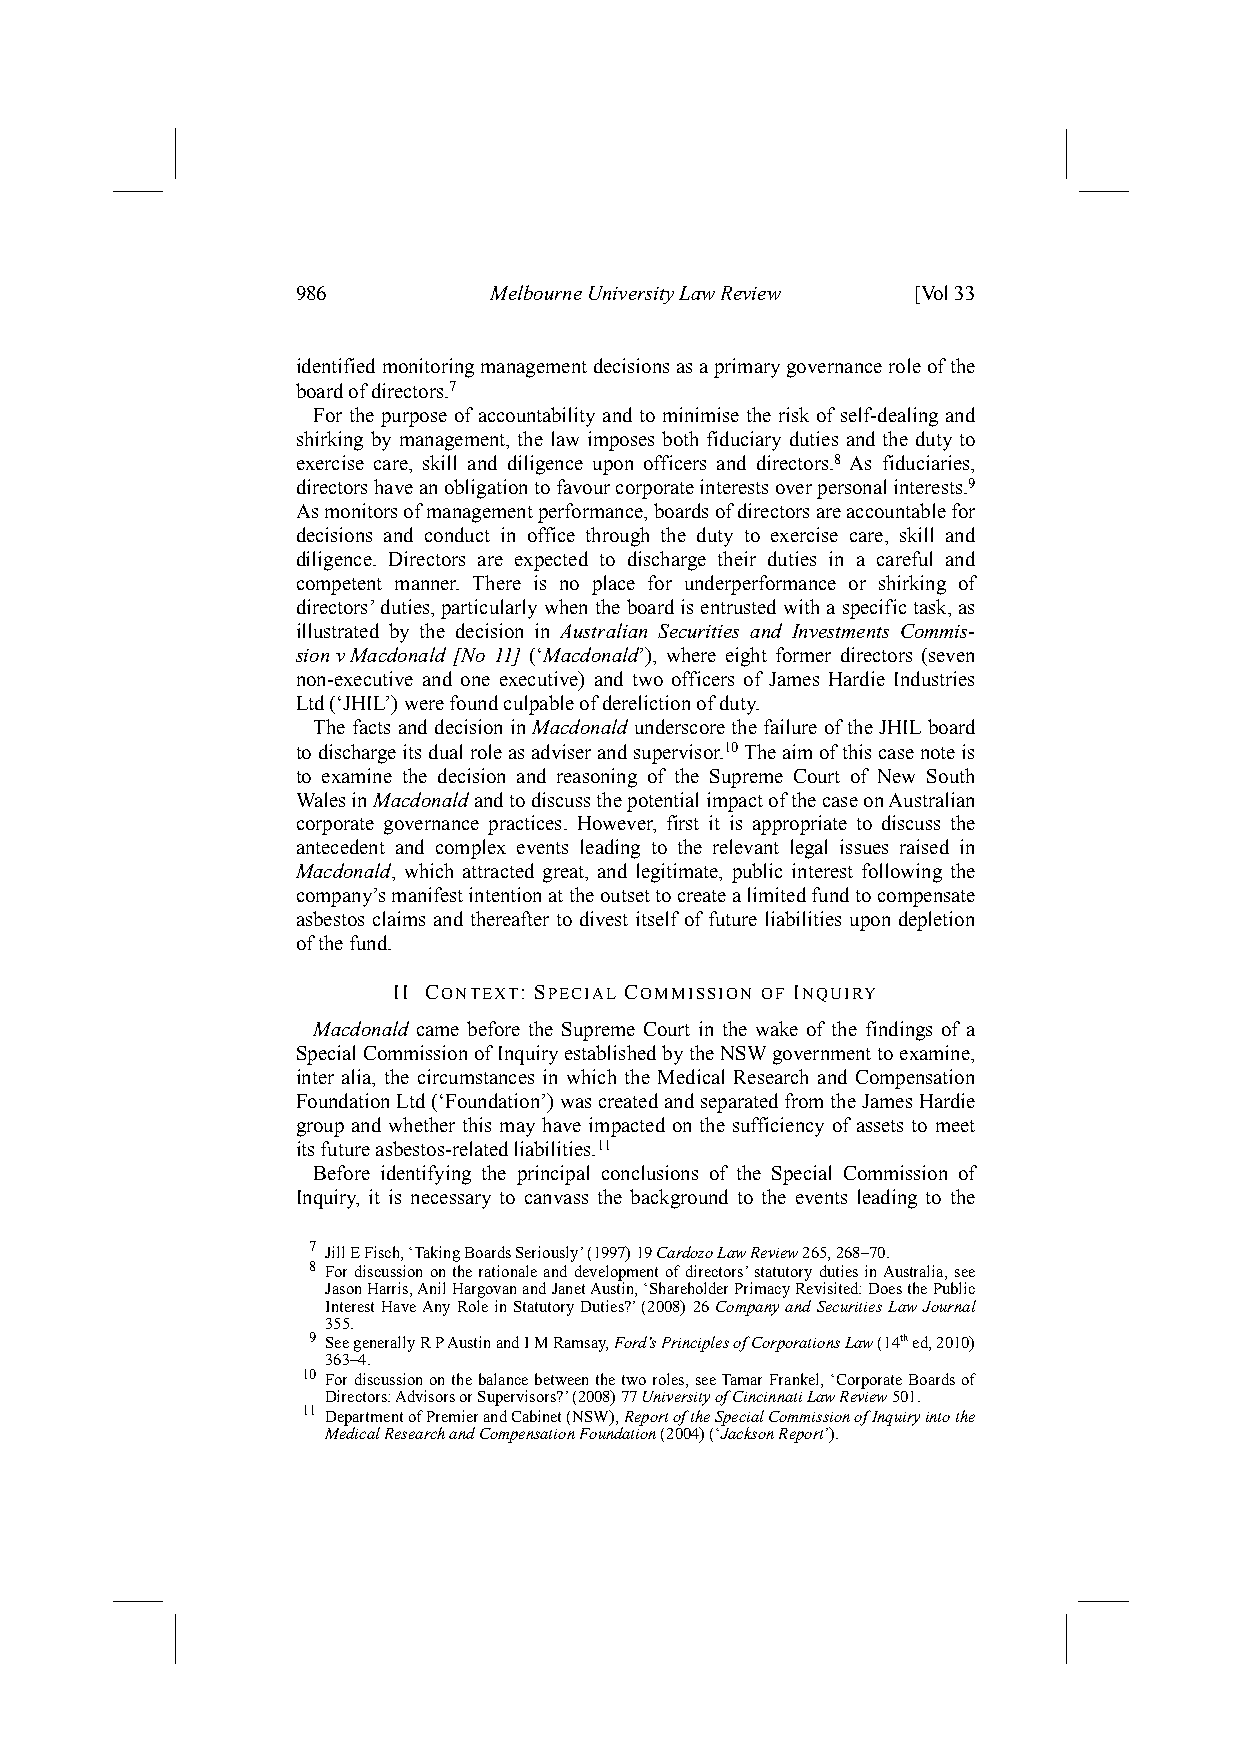
986         Melbourne University Law Review [Vol 33
 identified monitoring management decisions as a primary governance role of the
 board of directors.7
 For the purpose of accountability and to minimise the risk of self-dealing and
 shirking by management, the law imposes both fiduciary duties and the duty to
 exercise care, skill and diligence upon officers and directors.8 As fiduciaries,
 directors have an obligation to favour corporate interests over personal interests.9
 As monitors of management performance, boards of directors are accountable for
 decisions and conduct in office through the duty to exercise care, skill and
 diligence. Directors are expected to discharge their duties in a careful and
 competent manner. There is no place for underperformance or shirking of
 directors’ duties, particularly when the board is entrusted with a specific task, as
 illustrated by the decision in Australian Securities and Investments Commis-
 sion v Macdonald [No 11] (‘Macdonald’), where eight former directors (seven
 non-executive and one executive) and two officers of James Hardie Industries
 Ltd (‘JHIL’) were found culpable of dereliction of duty.
 The facts and decision in Macdonald underscore the failure of the JHIL board
 to discharge its dual role as adviser and supervisor.10 The aim of this case note is
 to examine the decision and reasoning of the Supreme Court of New South
 Wales in Macdonald and to discuss the potential impact of the case on Australian
 corporate governance practices. However, first it is appropriate to discuss the
 antecedent and complex events leading to the relevant legal issues raised in
 Macdonald, which attracted great, and legitimate, public interest following the
 company’s manifest intention at the outset to create a limited fund to compensate
 asbestos claims and thereafter to divest itself of future liabilities upon depletion
 of the fund.
 II CONTEXT: SPECIAL COMMISSION OF INQUIRY
 Macdonald came before the Supreme Court in the wake of the findings of a
 Special Commission of Inquiry established by the NSW government to examine,
 inter alia, the circumstances in which the Medical Research and Compensation
 Foundation Ltd (‘Foundation’) was created and separated from the James Hardie
 group and whether this may have impacted on the sufficiency of assets to meet
 its future asbestos-related liabilities.11
 Before identifying the principal conclusions of the Special Commission of
 Inquiry, it is necessary to canvass the background to the events leading to the
 7 Jill E Fisch, ‘Taking Boards Seriously’ (1997) 19 Cardozo Law Review 265, 268–70.
 8 For discussion on the rationale and development of directors’ statutory duties in Australia, see
 Jason Harris, Anil Hargovan and Janet Austin, ‘Shareholder Primacy Revisited: Does the Public
 Interest Have Any Role in Statutory Duties?’ (2008) 26 Company and Securities Law Journal
 355.
 9 See generally R P Austin and I M Ramsay, Ford’s Principles of Corporations Law (14th ed, 2010)
 363–4.
 10 For discussion on the balance between the two roles, see Tamar Frankel, ‘Corporate Boards of
 Directors: Advisors or Supervisors?’ (2008) 77 University of Cincinnati Law Review 501.
 11 Department of Premier and Cabinet (NSW), Report of the Special Commission of Inquiry into the
 Medical Research and Compensation Foundation (2004) (‘Jackson Report’).